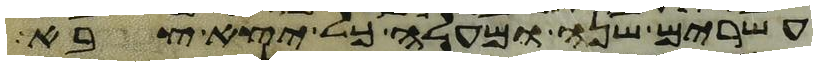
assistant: עשרים שנה ומעלה כל יצא צבא